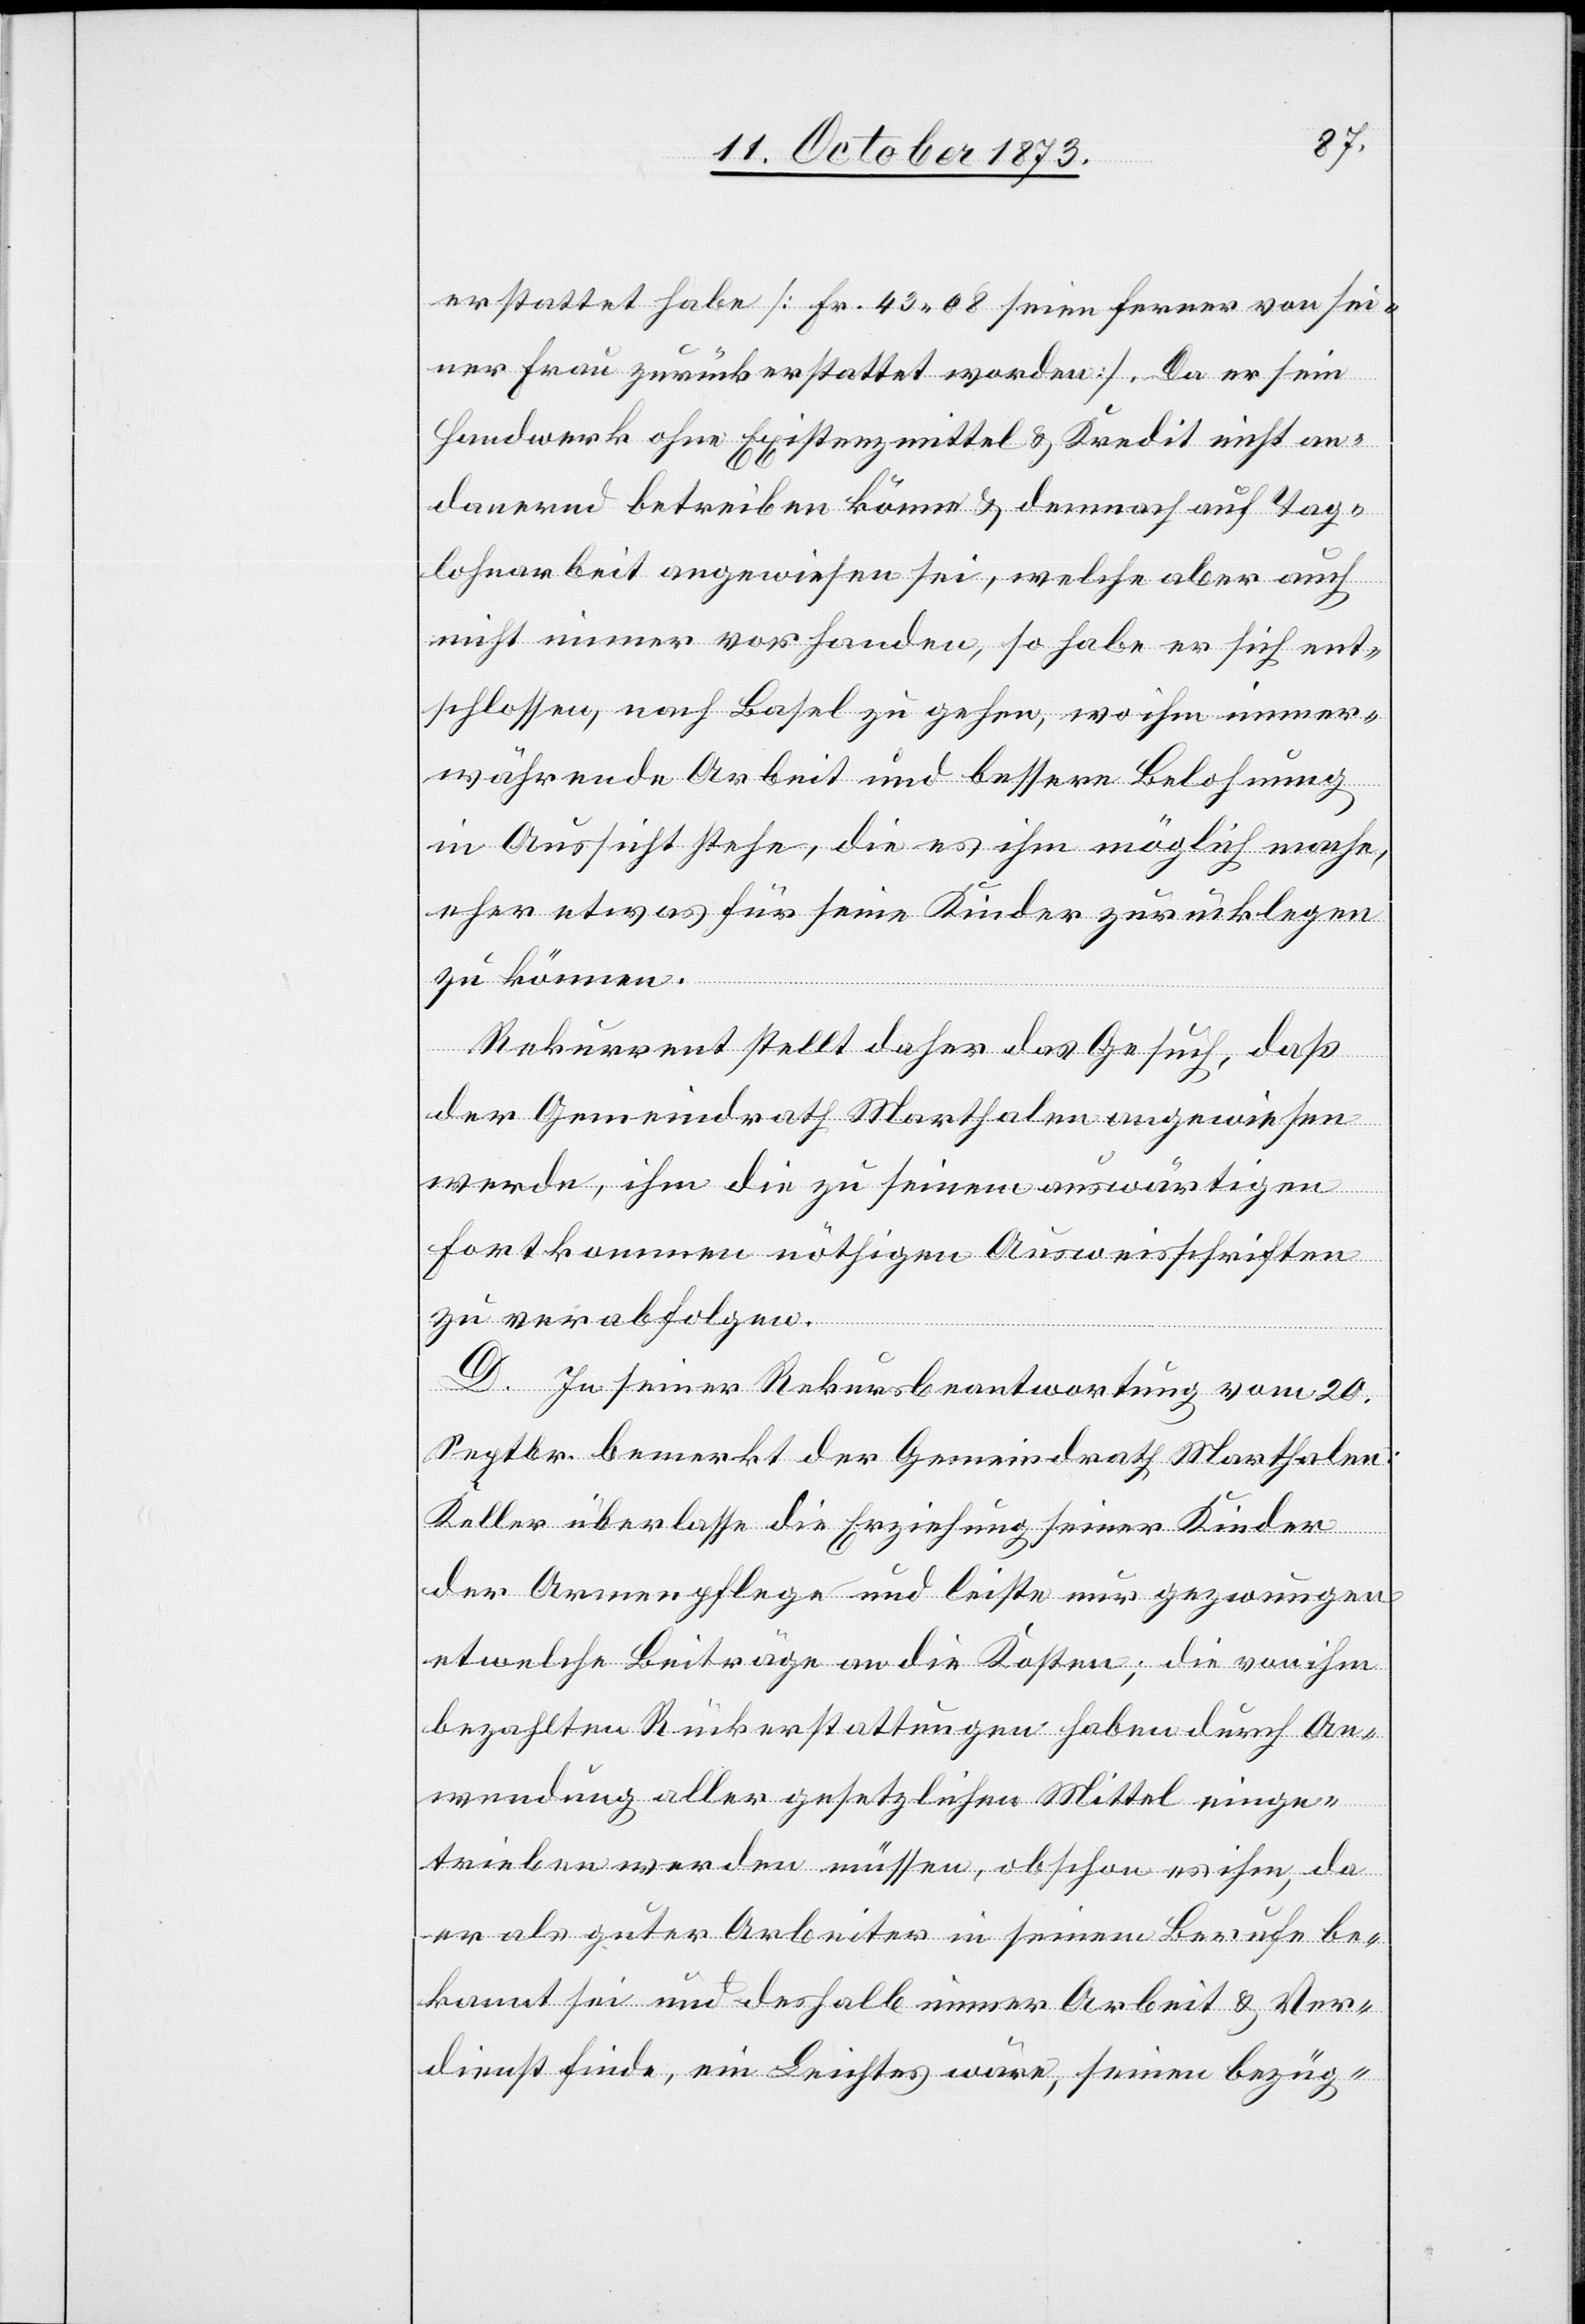
erstattet habe [Fr. 43 08 seien ferner von sei¬
ner Frau zurückerstattet worden]. Da er sein
Handwerk ohne Existenzmittel & Kredit nicht an¬
dauernd betreiben könne & demnach auf Tag¬
lohnarbeit angewiesen sei, welche aber auch
nicht immer vorhanden, so habe er sich ent¬
schlossen, nach Basel zu gehen, wo ihm immer¬
währende Arbeit und bessere Belohnung
in Aussicht stehe, die es ihm möglich mache,
eher etwas für seine Kinder zurücklegen
zu können.
Rekurrent stellt daher das Gesuch, daß
der Gemeindrath Marthalen angewiesen
werde, ihm die zu seinem auswärtigen
Fortkommen nöthigen Ausweisschriften
zu verabfolgen.
D. In seiner Rekursbeantwortung vom 20.
Septbr. bemerkt der Gemeindrath Marthalen:
Keller überlasse die Erziehung seiner Kinder
der Armenpflege und leiste nur gezwungen
etwelche Beiträge an die Kosten; die von ihm
bezahlten Rückerstattungen haben durch An¬
wendung aller gesetzlichen Mittel einge¬
trieben werden müssen, obschon es ihm, da
er als guter Arbeiter in seinem Berufe be¬
kannt sei und deshalb immer Arbeit & Ver¬
dienst finde, ein Leichtes wäre, seinen bezüg-